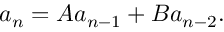
a _ { n } = A a _ { n - 1 } + B a _ { n - 2 } .